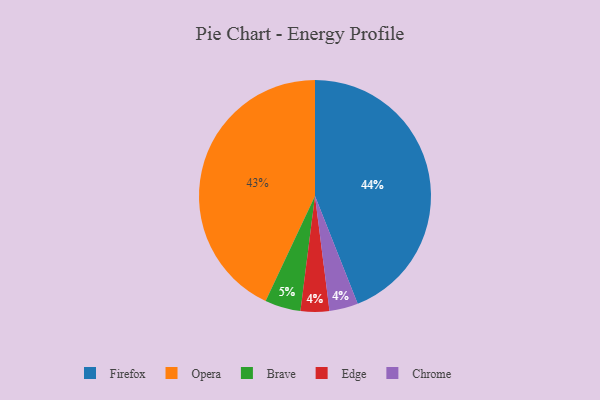
{"axis": {"x": "Category", "y": "Percentage"}, "legend": ["Brave", "Chrome", "Edge", "Firefox", "Opera"], "data": [{"x": "Edge", "y": 4, "type": "Edge"}, {"x": "Opera", "y": 43, "type": "Opera"}, {"x": "Brave", "y": 5, "type": "Brave"}, {"x": "Chrome", "y": 4, "type": "Chrome"}, {"x": "Firefox", "y": 44, "type": "Firefox"}]}